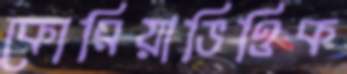
কোরিয়াভিত্তিক